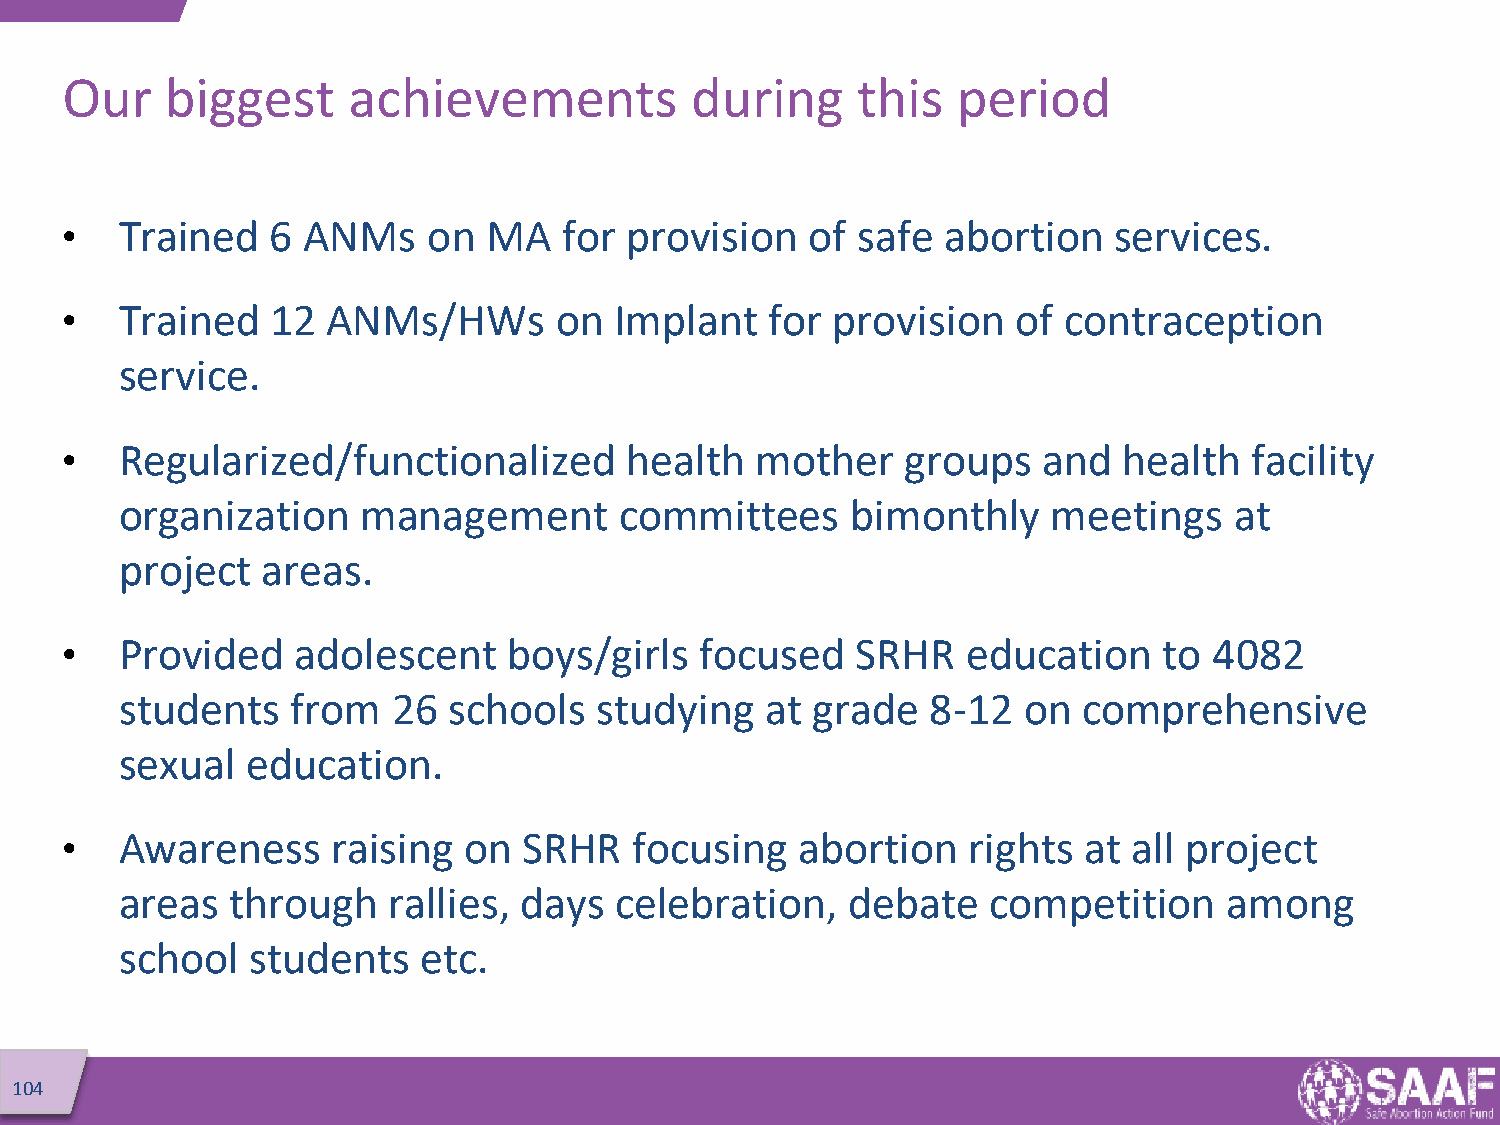
Our    biggest     achievements           during     this  period
 •   Trained   6 ANMs    on  MA   for provision    of safe  abortion   services.
 •   Trained   12  ANMs/HWs       on  Implant   for provision   of contraception
 service.
 •   Regularized/functionalized       health   mother    groups   and  health   facility
 organization    management       committees     bimonthly     meetings    at
 project  areas.
 •   Provided   adolescent     boys/girls  focused    SRHR   education    to 4082
 students   from   26  schools   studying   at grade   8-12  on  comprehensive
 sexual  education.
 •   Awareness     raising  on  SRHR   focusing   abortion   rights  at all project
 areas  through    rallies, days  celebration,   debate    competition    among
 school  students    etc.
 104